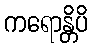
ကရောန္တိပိ